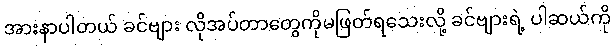
အားနာပါတယ် ခင်ဗျား လိုအပ်တာတွေကိုမဖြတ်ရသေးလို့ ခင်ဗျားရဲ့ ပါဆယ်ကို